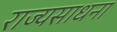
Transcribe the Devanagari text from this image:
राज्यसाधना